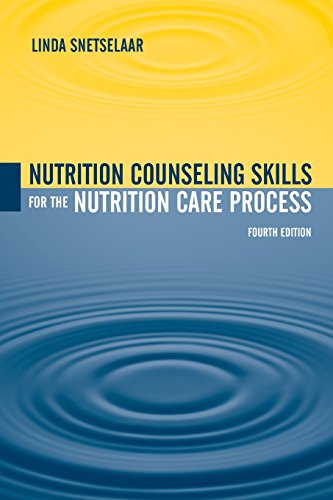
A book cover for Nutrition Counseling Skills For The Nutrition Care Process; Linda Snetselaar; Medical Books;